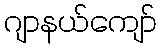
ဂျာနယ်ကျော်